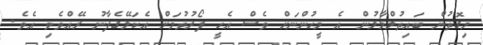
މިގޮތުން ބައިތުލްމާލުން އެ މީހުންނަށް ވެސް އެހީ ފޯރުވުމަށް އެކަލޭގެފާނު ރޭއްވެވި އެވެ.